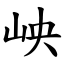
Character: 岟